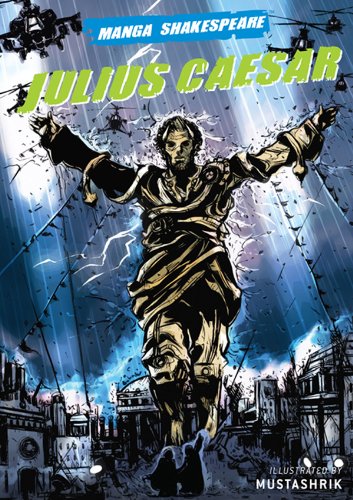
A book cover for Manga Shakespeare: Julius Caesar; William Shakespeare; Teen & Young Adult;